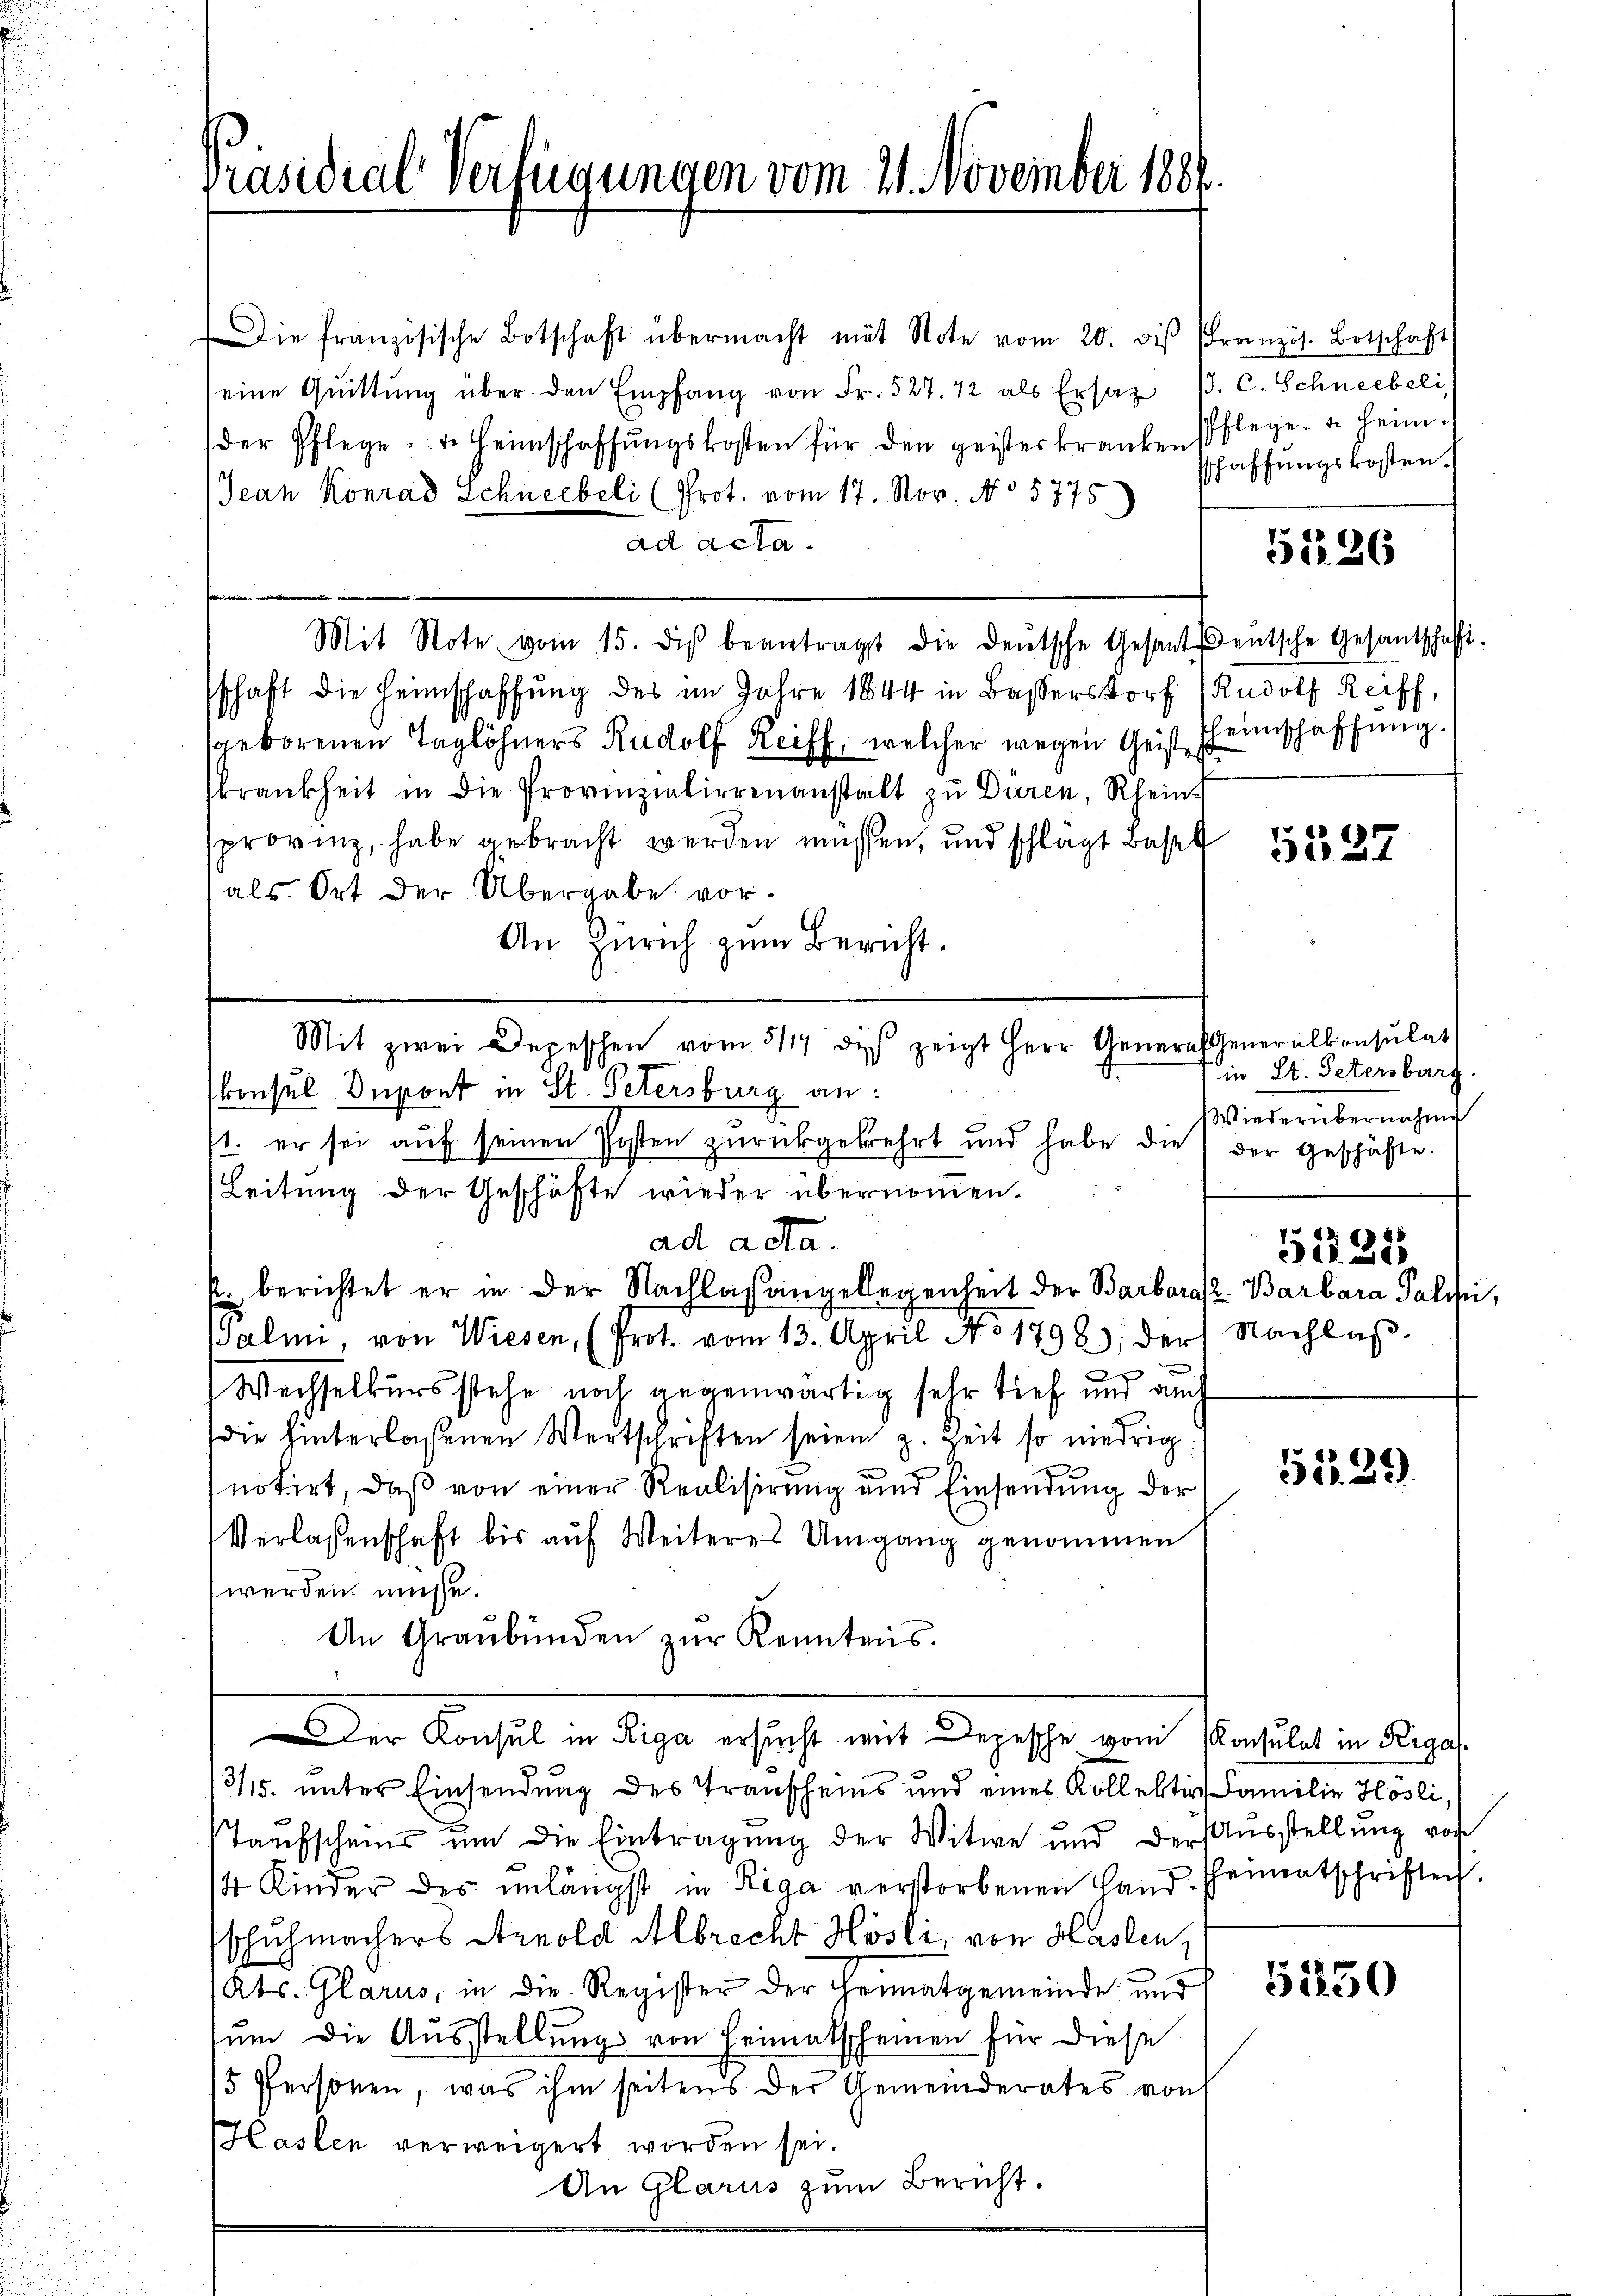
Präsidial-Verfügungen vom 21. November 1889

Die französische Botschaft übermacht mit Note vom 20. diβ französ. Botschaft
eine Quittŭng über den Empfang von Fr. 527. 42 als Ersatz P. C. Schneebeli
der Pflege u. v. Heimschaffŭngskosten für den geister kranken
Jean Konrad Schneebeli (Prot. vom 17. Nov. No 5775)
ad acta.
Mit Note vom 15. diβ beantragt die deŭtsche Gesanteutsche Gesantschafft.
schaft die Heimschaffung des im Jahre 1844 in Bassersdorf (Rudolf Reiff,
geborenen Taglöhners Rudolf Reiff, welcher wegen Geist einschaffung.
krankheit in die Provinzialierenanstalt zu Düren, Rheins
provinz, habe gebracht werden müssen, und schlägt Basel 152
als Ort der Übergabe vor¬
An Zürich zum Bericht.

1. er sei auf seinen Posten zurückgekehrt und habe die der geschäfte.
Leitung der Geschäfte wieder übernommen.
ad acta.
k. berichtet er in der Nachlaßangelegenheit der Barbara Barbara Palli,
Galmi, von Wiesen, (Prot. vom 13. April No 1792, der Nachlaβ
Wechselkurs stehe noch gegenwärtig sehr tief und auch
die hinterlaßenen Wertschriften seien z. Zeit so niedrig
notirt, daß von einer Realisirung und Einsendung der
Verlassenschaft bis aŭf Weiteres Umgang genommen
werden müsse.
An Graubünden zŭr Kenntnis.
Der Konsul in Riga ersucht mit Depesche vom Konsulat in Pergas
3/15. unter Einsendung des Transcheins und eines Kollekter Familie Hosli,
aufscheins um die Eintragung der Witwe und der Ausstellung vor
4 Kinder des unlängst in Riga verstorbenen Haŭs-Heimatschriften.
schuhmachers Arnold Albrecht Hösli, von Haslen,
Kts. Glarus, in die Register der Heimatgemeinde und 1250)
sum die Ausstellung von Heimatscheinen für diese
15 Personen, was ihm seitens der Gemeinderates von
Haslen verweigert worden sei.
An Glarus zum Bericht.

Mit zwei Depeschen vom 311 die zeigt Herr General Generalkonsulat
konsul Dupont in St. Petersburg an:

in St. Petersburg

Pflege. Je heimschaffungskosten.

51226

Wiederübernahme

512315

51239.